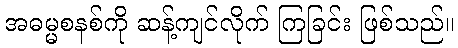
အဓမ္မစနစ်ကို ဆန့်ကျင်လိုက် ကြခြင်း ဖြစ်သည်။